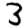
Digit: 3